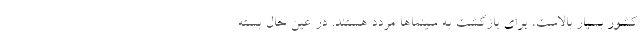
کشور بسیار بالاست، برای بازگشت به سینماها مردد هستند. در عین حال بسته